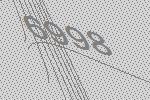
6998